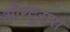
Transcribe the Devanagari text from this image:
औरदूसरा